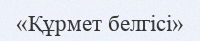
«Құрмет белгісі»